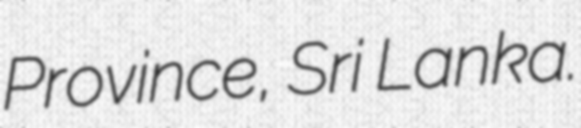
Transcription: Province, Sri Lanka.